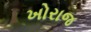
ખોરાજ